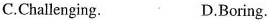
C.Challenging. D.Boring.